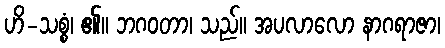
ဟိ-သစ္စံ၊ ၏။ ဘဂဝတာ၊ သည်။ အပလာလော နာဂရာဇာ၊